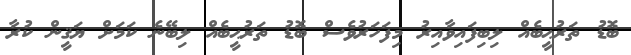
ބޮޑު ތަރުޙީބެއް ލިބިފައިވާއިރު މިފަހަރުވެސް ބޮޑު ތަރުޙީބެއް ލިބޭނެ ކަމަށް ޔަޤީން ކުރާ